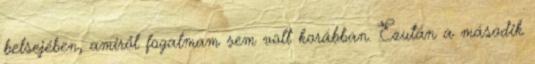
belsejében, amiről fogalmam sem volt korábban. Ezután a második